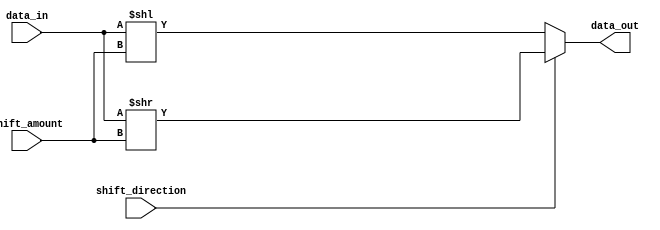
module Barrel_Shifter(
    input [31:0] data_in,
    input [4:0] shift_amount,
    input shift_direction,
    output [31:0] data_out
);

reg [31:0] shifted_data;

always @ (data_in or shift_amount or shift_direction)
begin
    if (shift_direction) // Right shift
        shifted_data = data_in >> shift_amount;
    else // Left shift
        shifted_data = data_in << shift_amount;
end

assign data_out = shifted_data;

endmodule